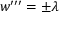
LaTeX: w ^ { \prime \prime \prime } = \pm \lambda